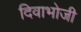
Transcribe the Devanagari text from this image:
दिवाभोजी